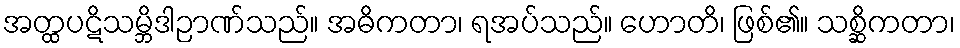
အတ္ထပဋိသမ္ဘိဒါဉာဏ်သည်။ အဓိကတာ၊ ရအပ်သည်။ ဟောတိ၊ ဖြစ်၏။ သစ္ဆိကတာ၊